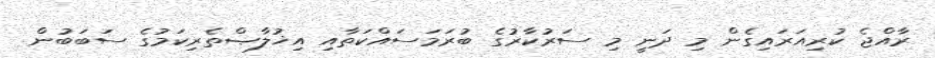
ރާއްޖެ ކުރިއަރައިގެން މި ދަނީ މި ސަރުކާރުގެ ބުރަމަސައްކަތާއި އިޚުލާޞްތެރިކަމުގެ ސަބަބުން